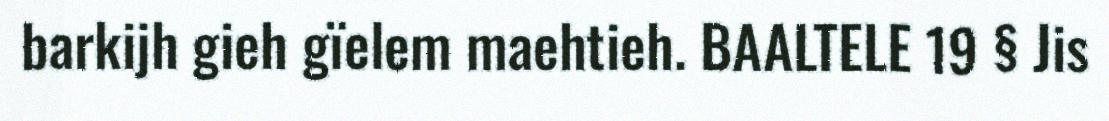
barkijh gieh gïelem maehtieh. BAALTELE 19 § Jis